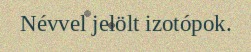
Névvel jelölt izotópok.